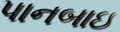
પાનબાઇ